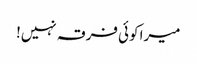
میرا کوئی فرقہ نہیں!